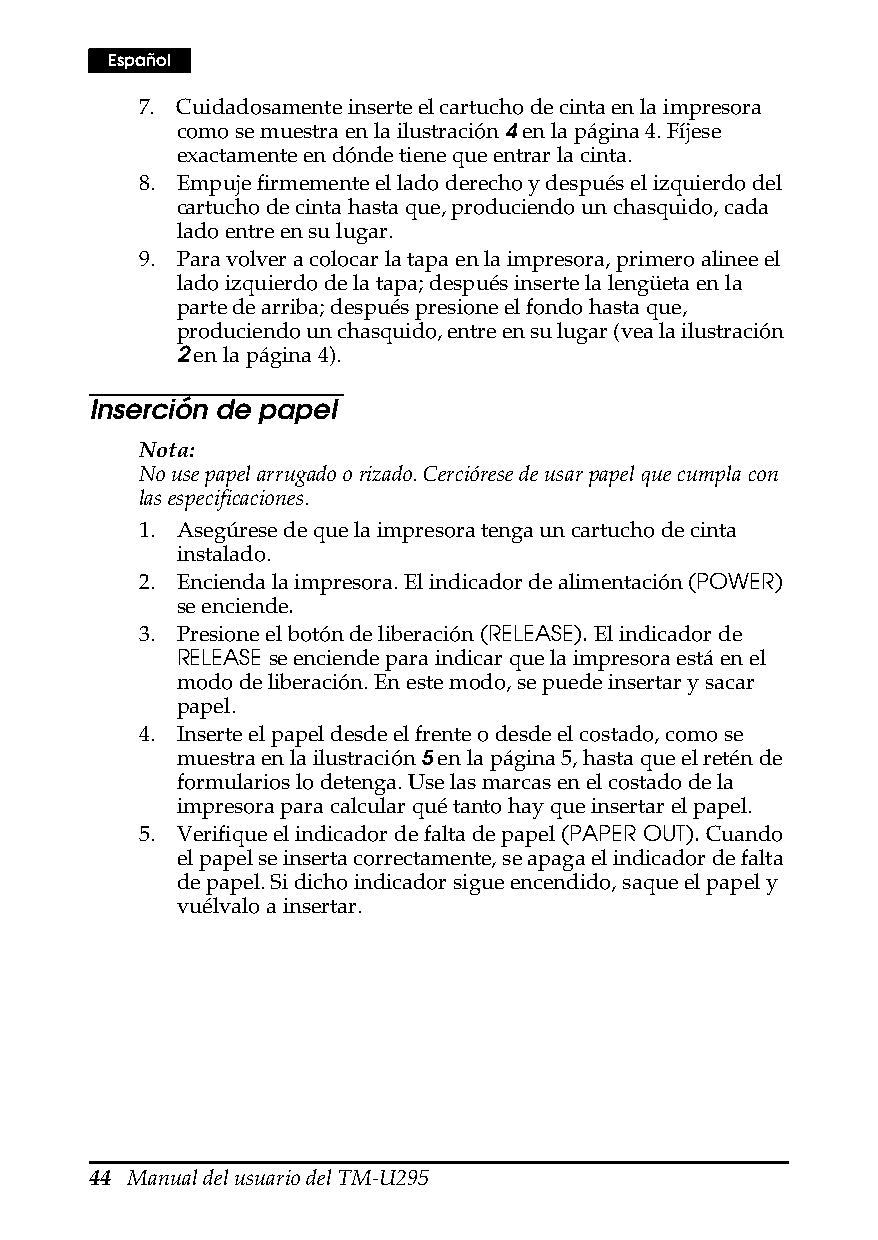
Español
 7. Cuidadosamente inserte el cartucho de cinta en la impresora
 como se muestra en la ilustración 4 en la página4. Fíjese
 exactamente en dónde tiene que entrar la cinta.
 8. Empuje firmemente el lado derecho y después el izquierdo del
 cartucho de cinta hasta que, produciendo un chasquido, cada
 lado entre en su lugar.
 9. Para volver a colocar la tapa en la impresora, primero alinee el
 lado izquierdo de la tapa; después inserte la lengüeta en la
 parte de arriba; después presione el fondo hasta que,
 produciendo un chasquido, entre en su lugar (vea la ilustración
 2 en la página4).
 Inserción de papel
 Nota:
 No use papel arrugado o rizado. Cerciórese de usar papel que cumpla con
 las especificaciones.
 1. Asegúrese de que la impresora tenga un cartucho de cinta
 instalado.
 2. Encienda la impresora. El indicador de alimentación (POWER)
 se enciende.
 3. Presione el botón de liberación (RELEASE). El indicador de
 RELEASE se enciende para indicar que la impresora está en el
 modo de liberación. En este modo, se puede insertar y sacar
 papel.
 4. Inserte el papel desde el frente o desde el costado, como se
 muestra en la ilustración 5 en la página5, hasta que el retén de
 formularios lo detenga. Use las marcas en el costado de la
 impresora para calcular qué tanto hay que insertar el papel.
 5. Verifique el indicador de falta de papel (PAPER OUT). Cuando
 el papel se inserta correctamente, se apaga el indicador de falta
 de papel. Si dicho indicador sigue encendido, saque el papel y
 vuélvalo a insertar.
 44 Manual del usuario del TM-U295